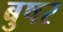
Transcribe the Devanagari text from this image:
बुषर